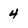
Character: 4